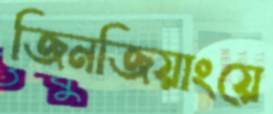
জিনজিয়াংয়ে